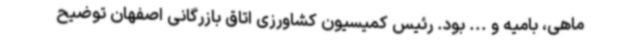
ماهی، بامیه و ... بود. رئیس کمیسیون کشاورزی اتاق بازرگانی اصفهان توضیح